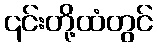
၎င်းတို့ထံတွင်